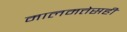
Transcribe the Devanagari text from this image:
मालमत्तेसही